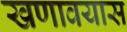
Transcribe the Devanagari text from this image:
खणावयास